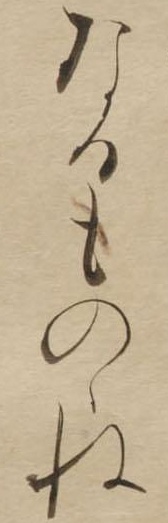
なるものゝね